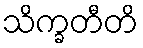
သိက္ခတီတိ